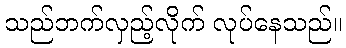
သည်ဘက်လှည့်လိုက် လုပ်နေသည်။